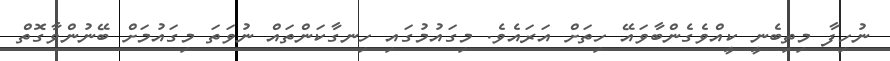
ނުހިފާ މިތިބެނީ ކީއްވެގެންބާވައޭ ހިތަށް އަރައެވެ. މިގައުމުގައި ހިނގާކަންތައް ނުވަތަ މިގައުމަށް ބޭނުންވާގޮތް